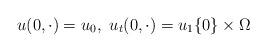
LaTeX: \begin{align*} u(0,\cdot) = u_0, ~u_t(0,\cdot) = u_1 \{0\}\times \Omega\end{align*}